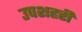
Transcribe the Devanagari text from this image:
उपशहरी